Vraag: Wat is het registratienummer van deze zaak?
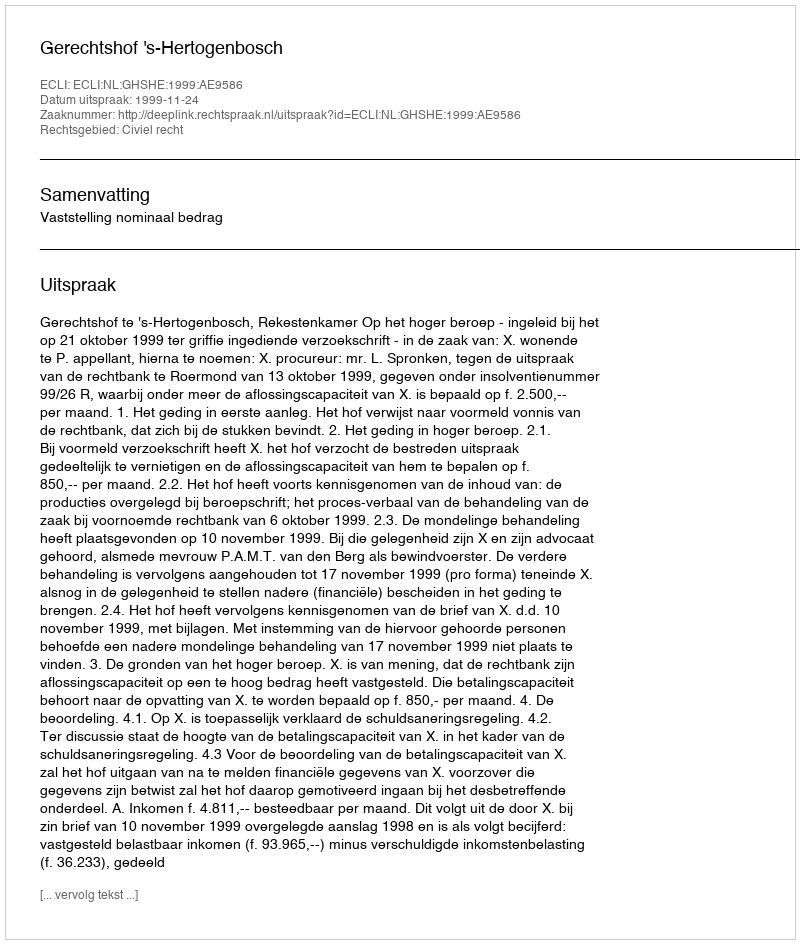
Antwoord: http://deeplink.rechtspraak.nl/uitspraak?id=ECLI:NL:GHSHE:1999:AE9586